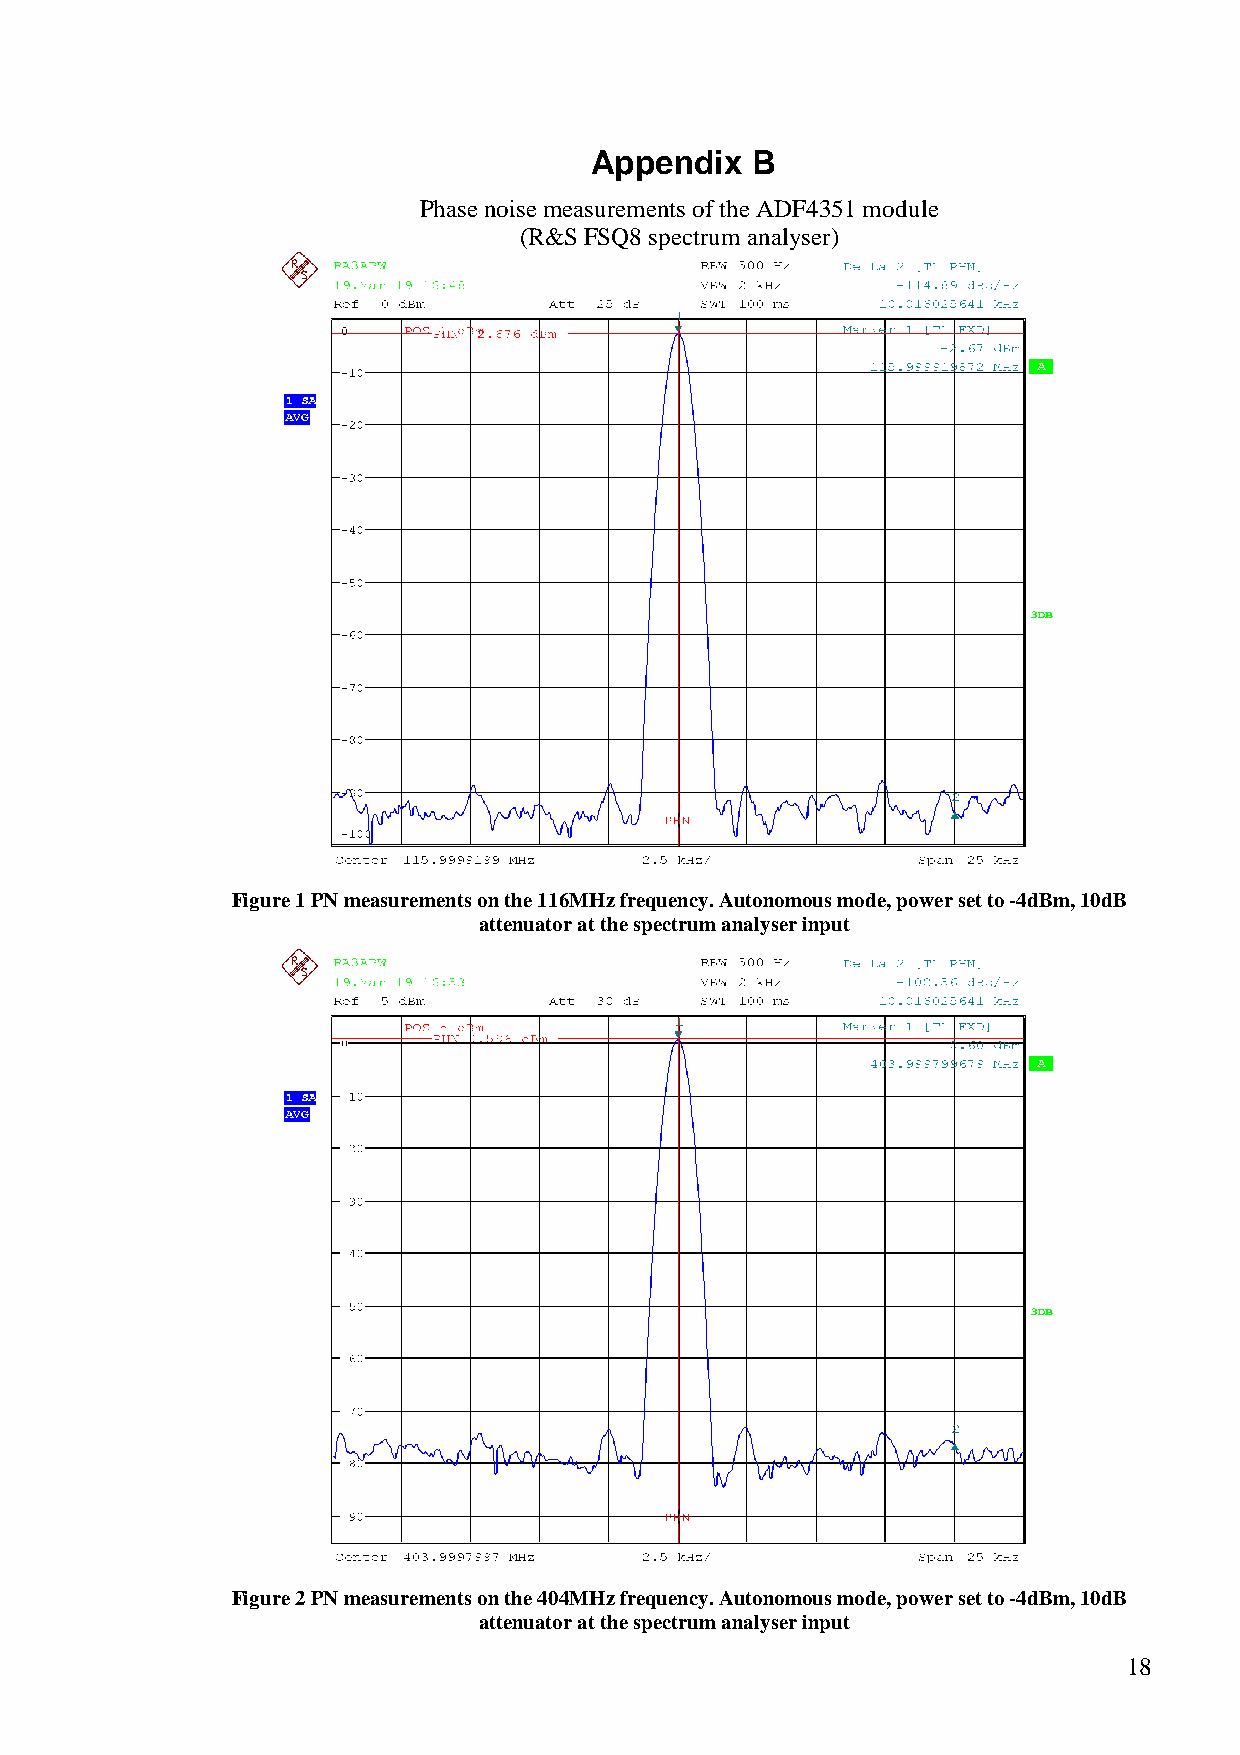
Appendix   B
 Phase noise measurements of the ADF4351 module
 (R&S FSQ8 spectrum analyser)
 Figure 1 PN measurements on the 116MHz frequency. Autonomous mode, power set to -4dBm, 10dB
 attenuator at the spectrum analyser input
 Figure 2 PN measurements on the 404MHz frequency. Autonomous mode, power set to -4dBm, 10dB
 attenuator at the spectrum analyser input
 18